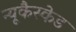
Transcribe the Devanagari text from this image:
न्यूकैस्केड